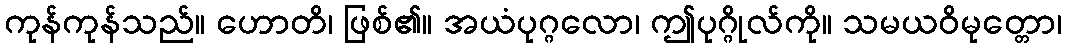
ကုန်ကုန်သည်။ ဟောတိ၊ ဖြစ်၏။ အယံပုဂ္ဂလော၊ ဤပုဂ္ဂိုလ်ကို။ သမယဝိမုတ္တော၊